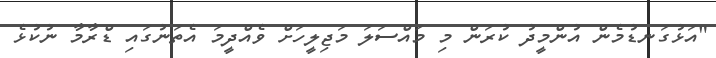
"އަޅުގަނޑުމެން އުންމީދު ކުރަން މި މައްސަލަ މަޖިލީހަށް ވެއްދީމަ އެތަނުގައި ޑްރާމާ ނުކުޅެ